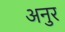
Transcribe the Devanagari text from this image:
अनुर